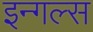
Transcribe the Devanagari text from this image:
इन्गल्स